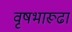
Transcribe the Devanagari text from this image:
वृषभारूढा